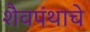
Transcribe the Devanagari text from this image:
शैवपंथाचे